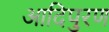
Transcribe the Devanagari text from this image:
आदिपुरण